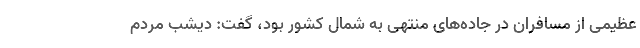
عظیمی از مسافران در جاده‌های منتهی به شمال کشور بود، گفت: دیشب مردم